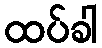
ထပ်ခါ